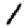
Digit: 1